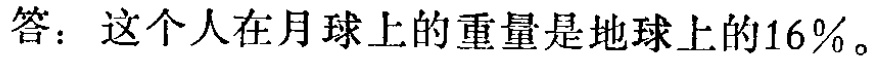
答：这个人在月球上的重量是地球上的16%。